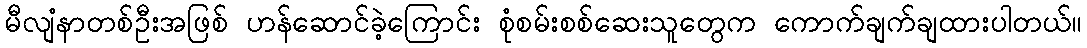
မီလျံနာတစ်ဦးအဖြစ် ဟန်ဆောင်ခဲ့ကြောင်း စုံစမ်းစစ်ဆေးသူတွေက ကောက်ချက်ချထားပါတယ်။